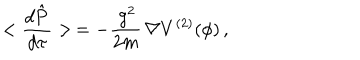
< \frac { d \hat { { \mathbf P } } } { d \tau } > \, = - \frac { \, g ^ { 2 } } { 2 m } \, { \mathbf \nabla } V ^ { ( 2 ) } ( \phi ) \, ,